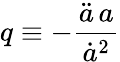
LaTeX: q\equiv-{\frac{{\ddot{a}}\, a}{{\dot{a}}^{2}}}